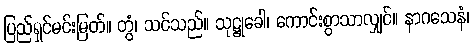
ပြည်ရှင်မင်းမြတ်။ တွံ၊ သင်သည်။ သုဋ္ဌုခေါ၊ ကောင်းစွာသာလျှင်။ နာဂသေနံ၊